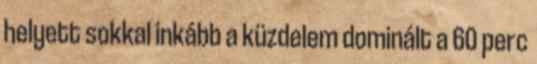
helyett sokkal inkább a küzdelem dominált a 60 perc